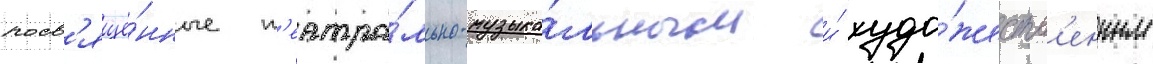
посв'ящё́нные т'еатра́льно-музыка́льным и́ худо́жеств'енным